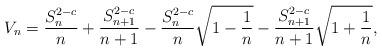
LaTeX: \begin{align*}V_{n}& =\frac{S_n^{2-c}}{n}+\frac{S_{n+1}^{2-c}}{n+1}-\frac{S_n^{2-c}}{n}\sqrt{1-\frac{1}{n}}-\frac{S_{n+1}^{2-c}}{n+1}\sqrt{1+\frac{1}{n}},\end{align*}